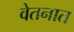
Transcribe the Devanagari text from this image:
वेतनात